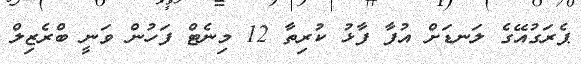
ޕެރަގުއޭގެ ލަނޑަށް އުފާ ފާޅު ކުރިތާ 12 މިނެޓް ފަހުން ވަނީ ބްރެޒިލް